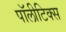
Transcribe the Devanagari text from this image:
पॉलीटिक्स